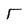
Character: T